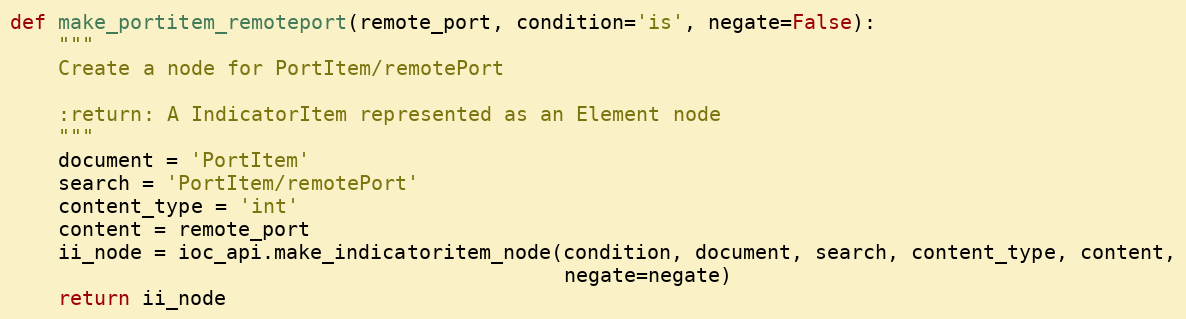
Language: Python
def make_portitem_remoteport(remote_port, condition='is', negate=False):
    """
    Create a node for PortItem/remotePort

    :return: A IndicatorItem represented as an Element node
    """
    document = 'PortItem'
    search = 'PortItem/remotePort'
    content_type = 'int'
    content = remote_port
    ii_node = ioc_api.make_indicatoritem_node(condition, document, search, content_type, content,
                                              negate=negate)
    return ii_node